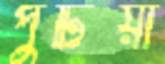
পুটিয়া